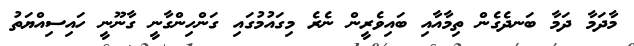
މާދަމާ ދަމާ ބަނދެގެން ތިމާއާއި ބައިވެރީން ނެރެ މިގައުމުގައި ގަންހިންގާނީ ގާނޫނީ ހައިސިއްޔަތު